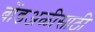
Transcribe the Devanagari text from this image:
बोंडअळीसाठी